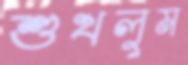
শুখলুম